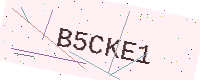
Text: B5CKE1